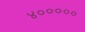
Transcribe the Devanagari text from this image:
४०००००